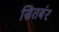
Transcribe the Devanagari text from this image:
सितबंर